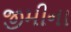
જીમીના